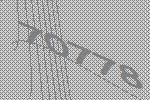
70778